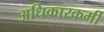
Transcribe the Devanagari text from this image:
अधिकारकर्मी